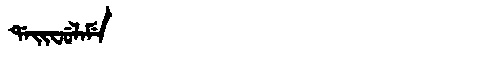
Manchu: ᡩᠠᡳᠸᡠᠯᠠᠮᡝ
Romanization: DAIFULAME